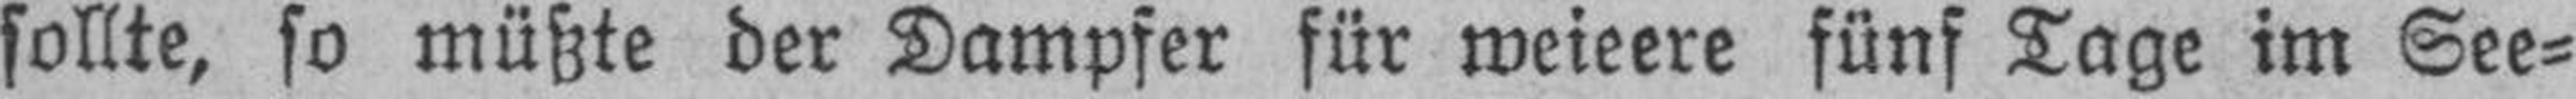
sollte, so müßte der Dampfer für weieere fünf Tage im See¬